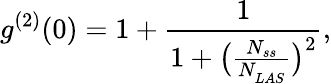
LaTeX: g^{(2)}(0)=1+\frac{1}{1+\big(\frac{N_{ss}}{N_{LAS}^{}}\big)^{2}},